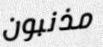
مذنبون